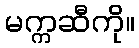
မက္ကဆီကို။